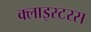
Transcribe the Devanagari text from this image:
क्लाइस्टरस